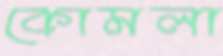
কোমলা